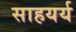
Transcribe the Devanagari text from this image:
साहयर्य